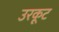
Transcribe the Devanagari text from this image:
उरकूट